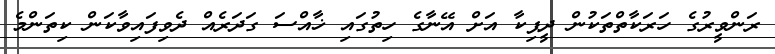
ރަންވީރުގެ ހަރަކާތްތަކުން ދީޕިކާ އަށް އޭނާގެ ހިތުގައި ޚާއްސަ ގަދަރެއް ދެވިފައިވާކަން ކިތަންމެ